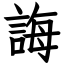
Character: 誨